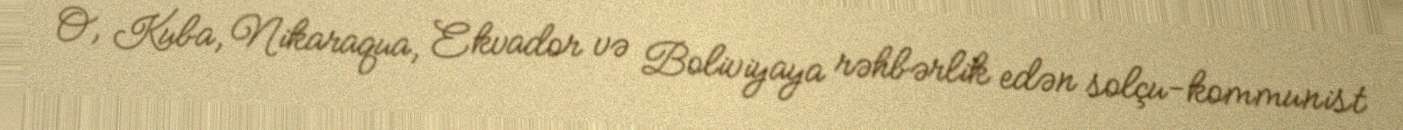
O, Kuba, Nikaraqua, Ekvador və Boliviyaya rəhbərlik edən solçu-kommunist